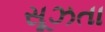
સૂઝતા